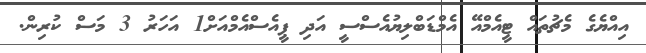
އިއްޔެގެ މެޗުތައް ޓީއެމްއޭ އެމްޑަބްލިޔުއެސްސީ އަދި ޕީއެސްއެމްއަށް1 އަހަރު 3 މަސް ކުރިން.